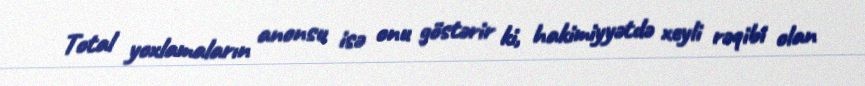
Total yoxlamaların anonsu isə onu göstərir ki, hakimiyyətdə xeyli rəqibi olan